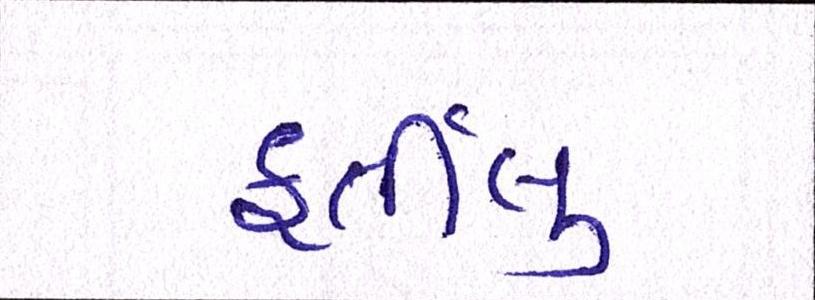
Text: ફુર્તીલુ